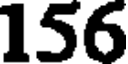
156